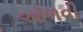
ઓળવી